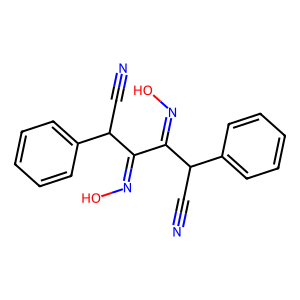
SMILES: N#CC(C(=NO)C(=NO)C(C#N)c1ccccc1)c1ccccc1
Inhibits HIV replication: No